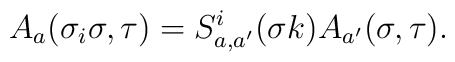
A_a(\sigma_i\sigma,\tau)=S_{a,a'}^i(\sigma k)A_{a'}(\sigma,\tau).